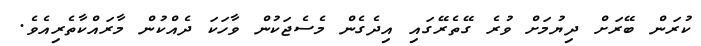
ކުރަން ބޭރަށް ދިޔުމަށް ވުރެ ގޭތެރޭގައި އިދެގެން މެސެޖަކުން ވާހަކަ ދެއްކުން މާރައްކާތެރިއެވެ.